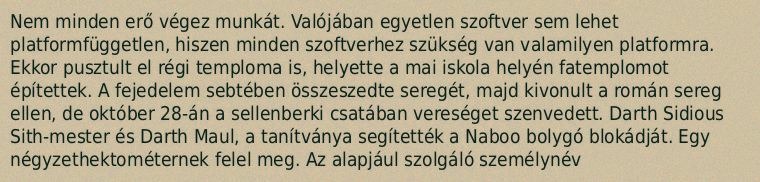
Nem minden erő végez munkát. Valójában egyetlen szoftver sem lehet platformfüggetlen, hiszen minden szoftverhez szükség van valamilyen platformra. Ekkor pusztult el régi temploma is, helyette a mai iskola helyén fatemplomot építettek. A fejedelem sebtében összeszedte seregét, majd kivonult a román sereg ellen, de október 28-án a sellenberki csatában vereséget szenvedett. Darth Sidious Sith-mester és Darth Maul, a tanítványa segítették a Naboo bolygó blokádját. Egy négyzethektométernek felel meg. Az alapjául szolgáló személynév